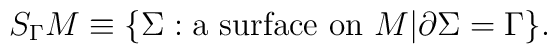
S_{\Gamma}M \equiv \{ \Sigma : \mbox{a surface on $M$}                        |\partial \Sigma =\Gamma \}.